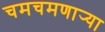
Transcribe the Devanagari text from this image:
चमचमणार्‍या